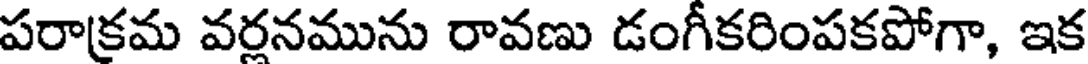
పరాక్రమ వరనమును రావణు డంగీకరింపకపోగా, ఇక